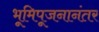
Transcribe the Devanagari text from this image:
भूमिपूजनानंतर